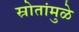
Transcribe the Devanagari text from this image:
स्रोतांमुळे